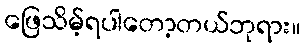
ဖြေသိမ့်ရပါတော့တယ်ဘုရား။